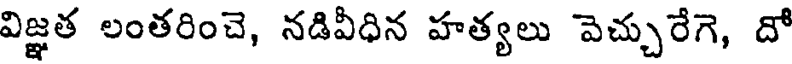
విజ్ఞత లంతరించె, నడివీధిన హత్యలు వెచ్చురేగె, దో